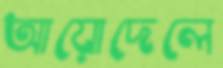
আয়োদেলে